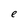
Character: e